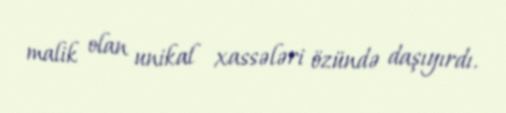
malik olan unikal xassələri özündə daşıyırdı.